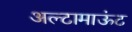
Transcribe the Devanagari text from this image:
अल्टामाऊंट